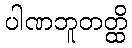
ပါဏဘူတတ္ထိ